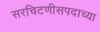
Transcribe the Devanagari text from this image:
सरचिटणीसपदाच्या